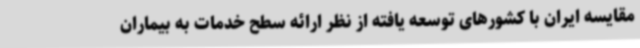
مقایسه ایران با کشورهای توسعه یافته از نظر ارائه سطح خدمات به بیماران